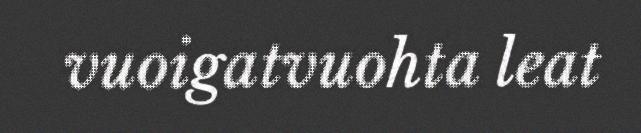
vuoigatvuohta leat